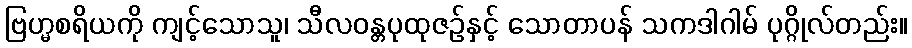
ဗြဟ္မစရိယကို ကျင့်သောသူ၊ သီလဝန္တပုထုဇဉ်နှင့် သောတာပန် သကဒါဂါမ် ပုဂ္ဂိုလ်တည်း။